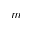
m